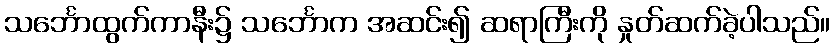
သင်္ဘောထွက်ကာနီး၌ သင်္ဘောက အဆင်း၍ ဆရာကြီးကို နှုတ်ဆက်ခဲ့ပါသည်။